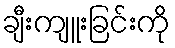
ချီးကျူးခြင်းကို